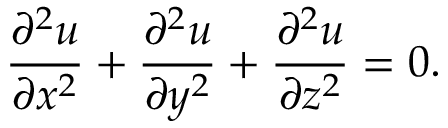
{ \frac { \partial ^ { 2 } u } { \partial x ^ { 2 } } } + { \frac { \partial ^ { 2 } u } { \partial y ^ { 2 } } } + { \frac { \partial ^ { 2 } u } { \partial z ^ { 2 } } } = 0 .